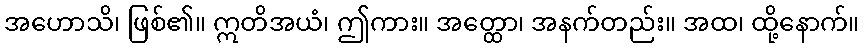
အဟောသိ၊ ဖြစ်၏။ ဣတိအယံ၊ ဤကား။ အတ္ထော၊ အနက်တည်း။ အထ၊ ထို့နောက်။